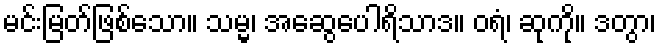
မင်းမြတ်ဖြစ်သော။ သမ္မ၊ အဆွေပေါရိသာဒ။ ဝရံ၊ ဆုကို။ ဒတွာ၊